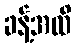
ခန့်အထိ